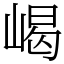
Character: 嵑